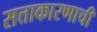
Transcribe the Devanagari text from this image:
सत्ताकारणाची